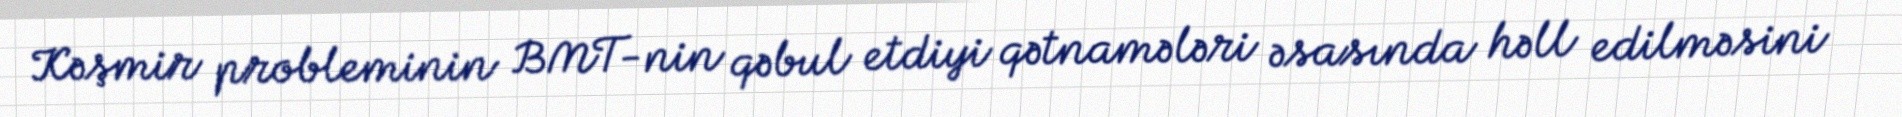
Kəşmir probleminin BMT-nin qəbul etdiyi qətnamələri əsasında həll edilməsini